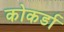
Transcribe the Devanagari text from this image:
कोकर्डा